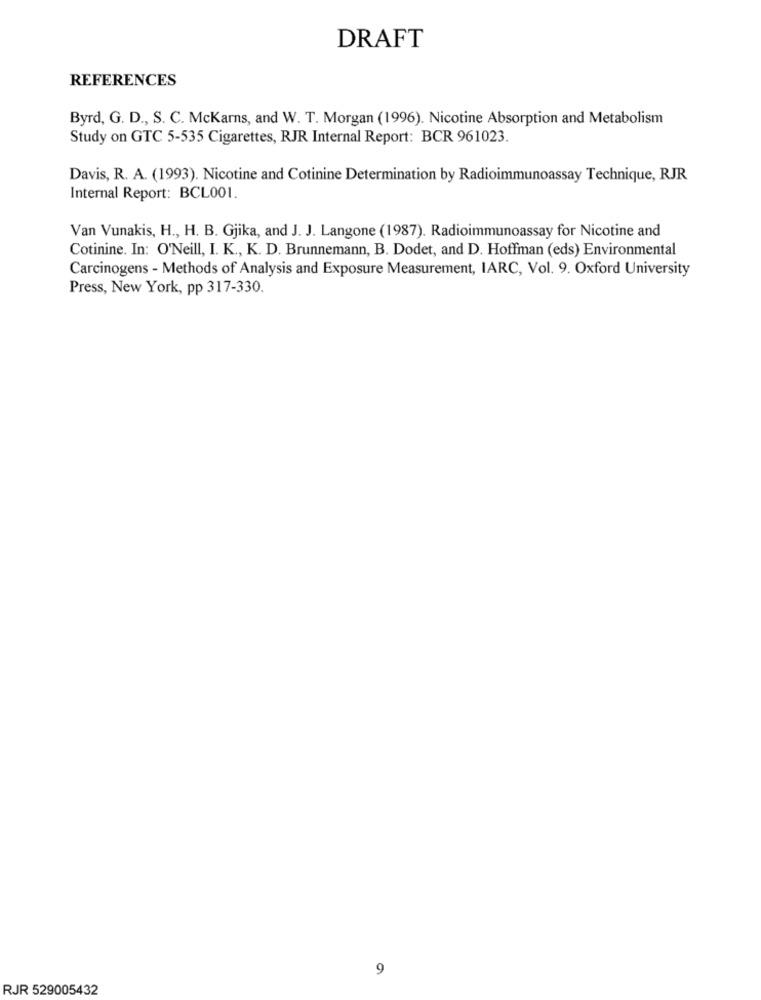
DRAFT
REFERENCES
Byrd, G. D ., S. C. McKarns, and W. T. Morgan (1996). Nicotine Absorption and Metabolism
Study on GTC 5-535 Cigarettes, RJR Internal Report: BCR 961023.
Davis, R. A. (1993). Nicotine and Cotinine Determination by Radioimmunoassay Technique, RJR
Internal Report: BCL001.
Van Vunakis, H ., H. B. Gjika, and J. J. Langone (1987). Radioimmunoassay for Nicotine and
Cotinine. In: O'Neill, I. K ., K. D. Brunnemann, B. Dodet, and D. Hoffman (eds) Environmental
Carcinogens - Methods of Analysis and Exposure Measurement, IARC, Vol. 9. Oxford University
Press, New York, pp 317-330.
9
RJR 529005432